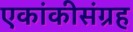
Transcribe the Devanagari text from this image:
एकांकीसंग्रह